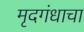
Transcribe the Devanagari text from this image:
मृदगंधाचा